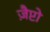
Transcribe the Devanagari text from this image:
ज़ैप्टो